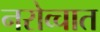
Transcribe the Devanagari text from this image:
नरोव्चात